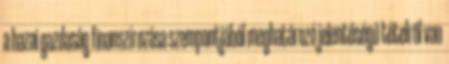
a hazai gazdaság finanszírozása szempontjából meghatározó jelentőségű tételről van